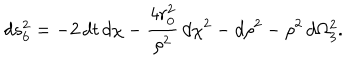
d s _ { 6 } ^ { 2 } = - 2 \, d t \, d \chi - \frac { 4 r _ { 0 } ^ { 2 } } { \rho ^ { 2 } } \, d \chi ^ { 2 } - d \rho ^ { 2 } - \rho ^ { 2 } \, d \Omega _ { 3 } ^ { 2 } .